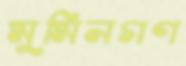
মুমিনগণ